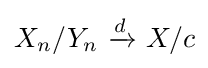
X_{n}/Y_{n}\ {\xrightarrow {d}}\ X/c